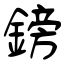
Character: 鎊